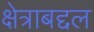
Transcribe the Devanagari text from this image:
क्षेत्राबद्दल